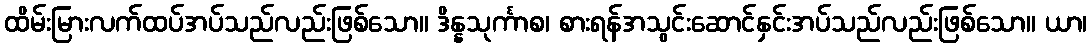
ထိမ်းမြားလက်ထပ်အပ်သည်လည်းဖြစ်သော။ ဒိန္နသုင်္ကာစ၊ စားရန်အသွင်းဆောင်နှင်းအပ်သည်လည်းဖြစ်သော။ ယာ၊